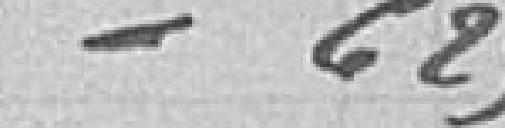
/ 625